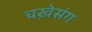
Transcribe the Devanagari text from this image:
चख़ेसंग